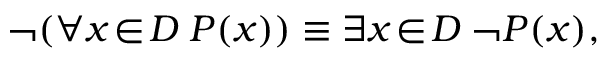
\neg ( \forall x \! \in \! D \; P ( x ) ) \equiv \exists x \! \in \! D \; \neg P ( x ) ,